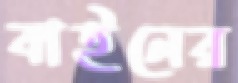
বাইনের